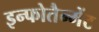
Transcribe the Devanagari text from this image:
इन्फोतैन्मेंट